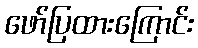
ဖော်ပြထားကြောင်း